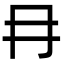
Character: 冄